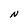
Character: N